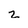
Character: z